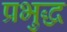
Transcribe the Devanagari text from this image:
प्रभुद्ध